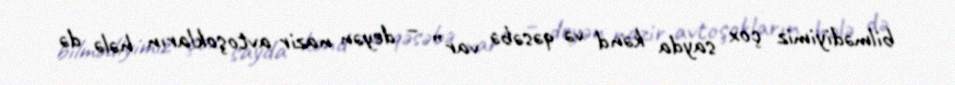
bilmədiyimiz çox sayda kənd və qəsəbə var” – deyən nazir avtoşokların hələ də